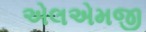
એલએમજી